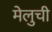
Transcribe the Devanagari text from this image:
मेलुची